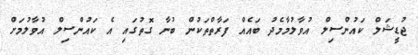
ޖުޑީޝަލް ކައުންސިލް އުވާލުމާމެދު ބައެއް ފަރާތްތަކުން ބުނާ ގޮތުގައި އެ ކައުންސިލް އުވާލުމަށް